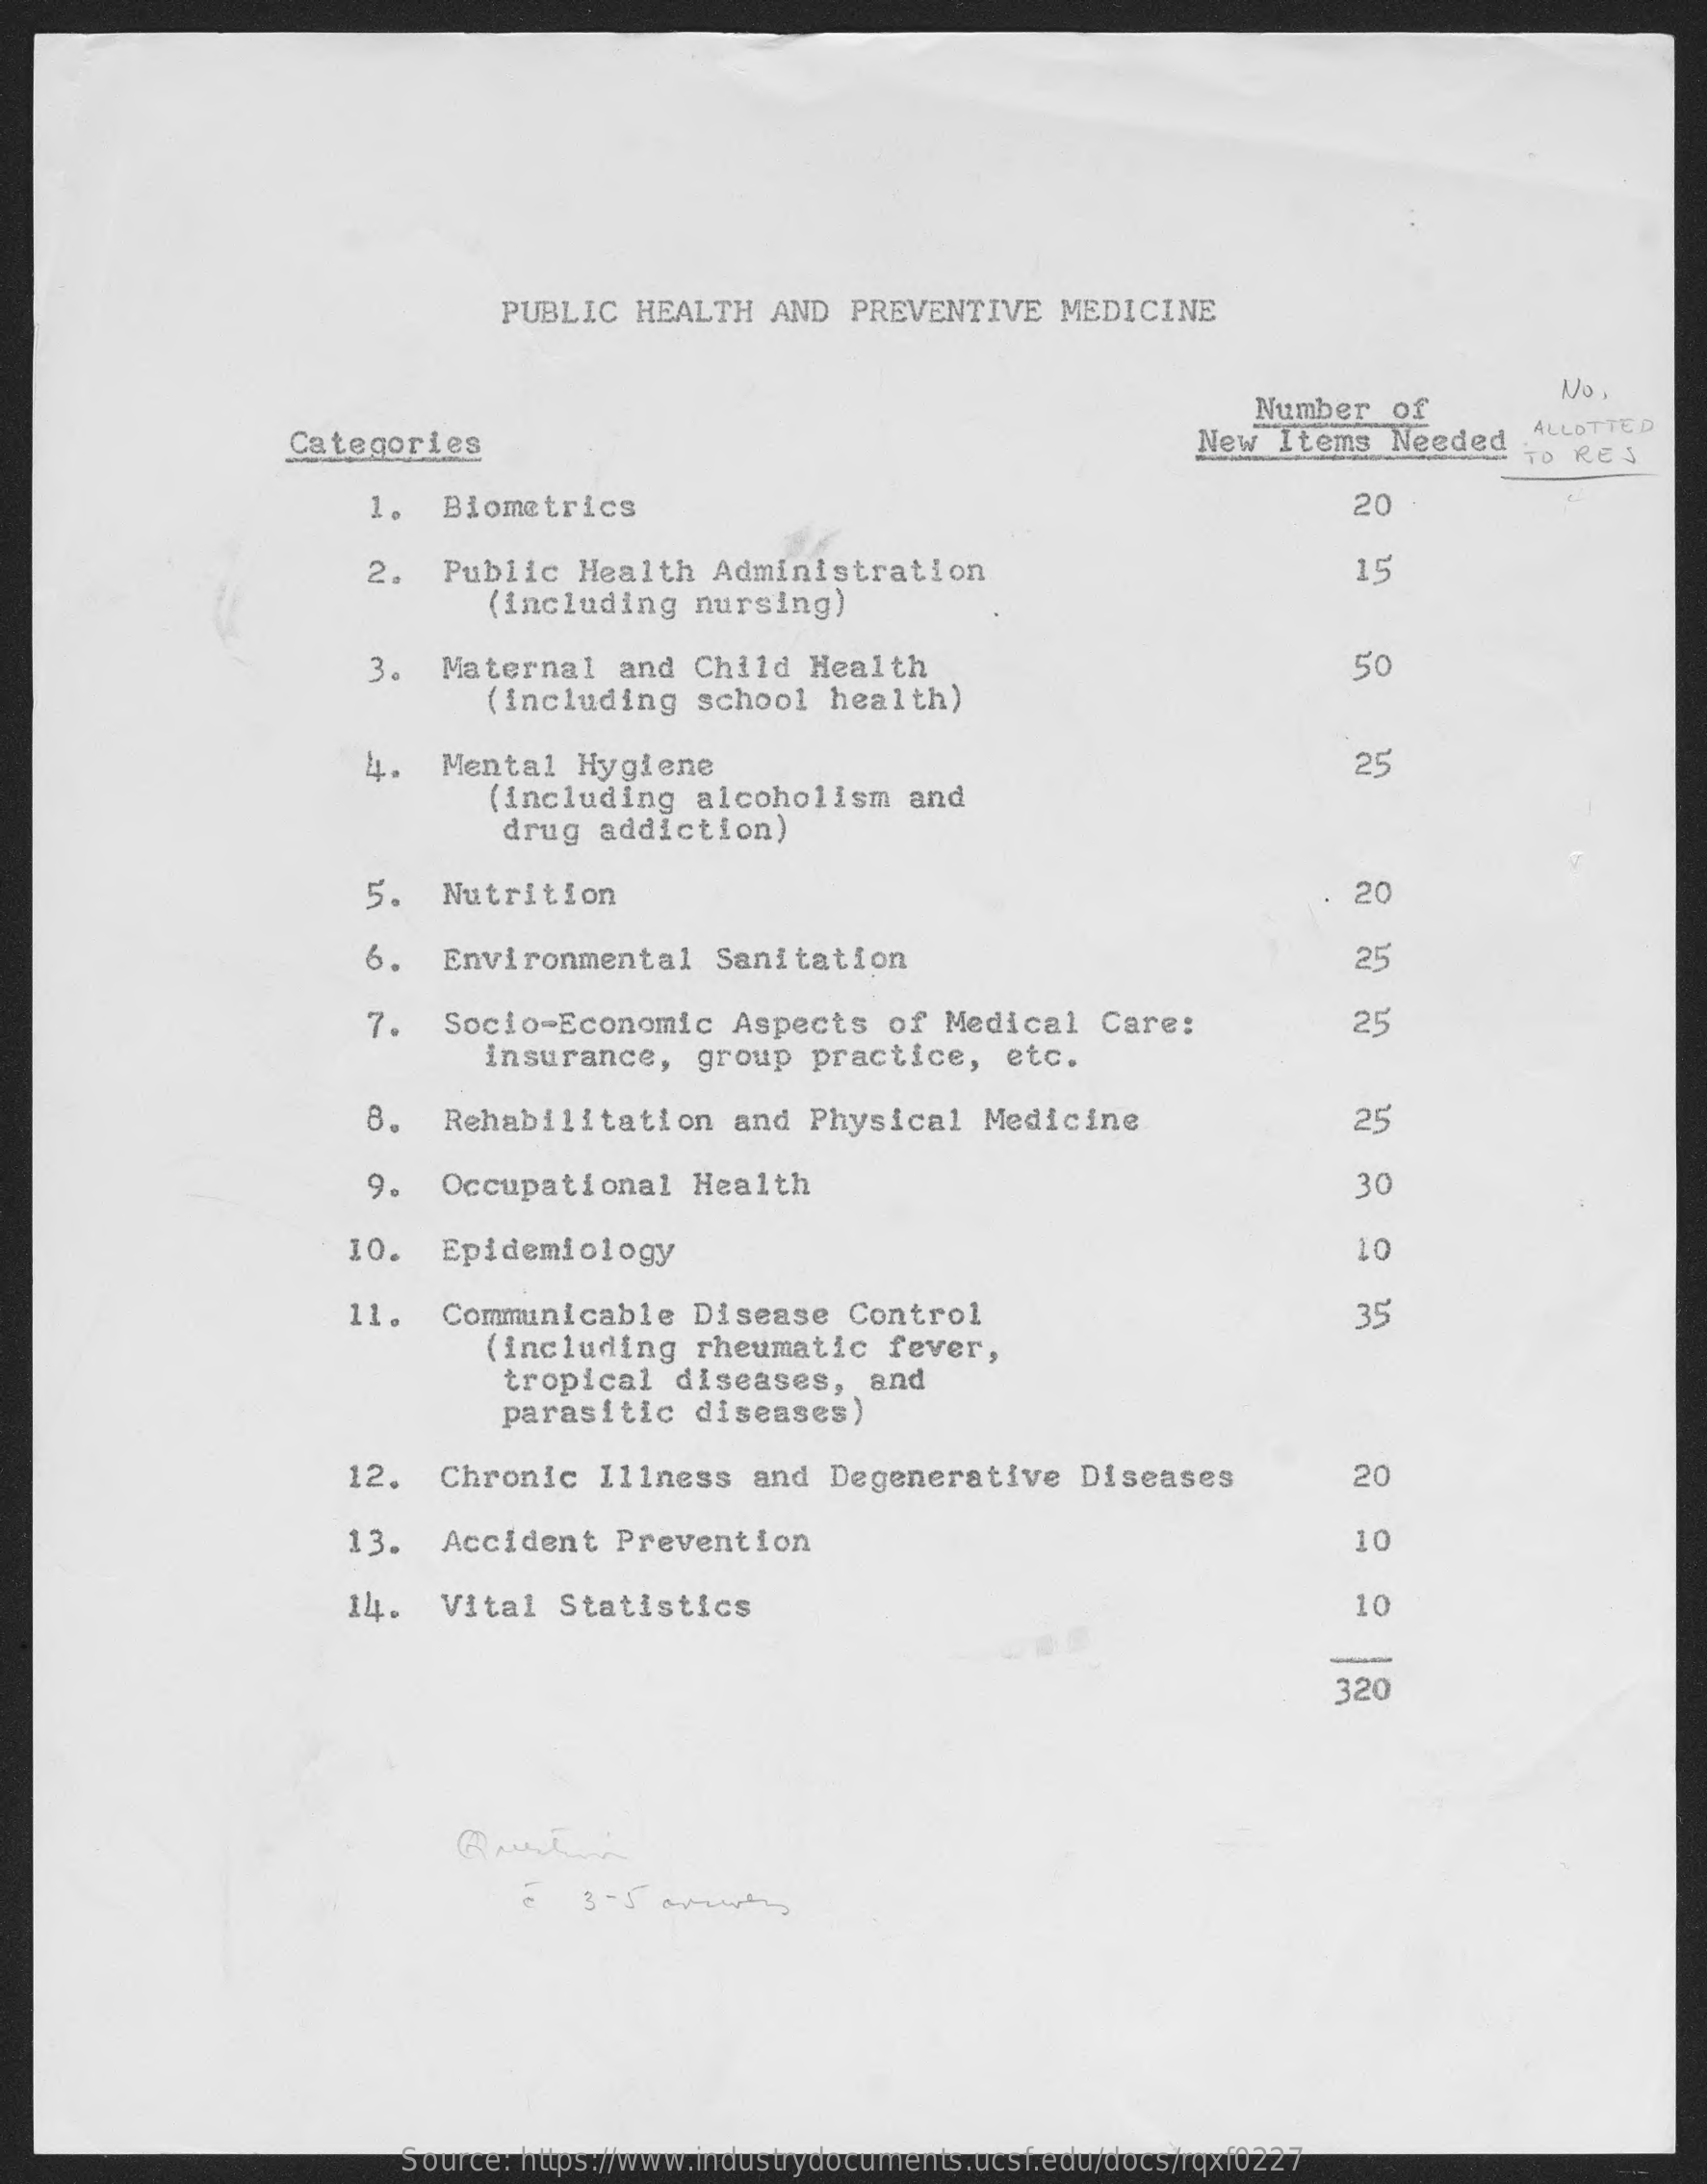
PUBLIC  HEALTH    AND  PREVENTIVE   MEDICINE
     Number   of
     No
     Categories    New  Items  Needed
     ALLOTTED
     TO REJ
     1.   Biometrics    20
     2.   Public   Health   Administration    15
     (including   nursing)
     3.   Maternal   and  Child   Health
     (including    school  health)
     50
     4.   Mental   Hygiene    25
     (including   alcoholism    and
     drug  addiction)
     5.   Nutrition    20
     6.   Environmental    Sanitation    25
     7.   Socio-Economic    Aspects   of  Medical   Care:    25
     insurance,    group  practice,    etc.
     8.   Rehabilitation    and  Physical   Medicine    25
     9.   Occupational    Health    30
     10.   Epidemiology    10
     11.   Communicable    Disease   Control    35
     (including   rheumatic    fever,
     tropical   diseases,    and
     parasitic   diseases)
     12.   Chronic   Illness   and  Degenerative    Diseases    20
     13.   Accident   Prevention    10
     14.   Vital  Statistics    10
     320
     Source: https://www.industrydocuments.ucsf.edu/docs/rqxf0227